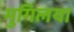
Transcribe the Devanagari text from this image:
मुगिलया